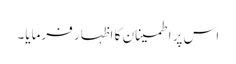
اس پر اطمینان کا اظہار فرمایا۔